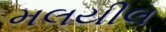
મલયીલ